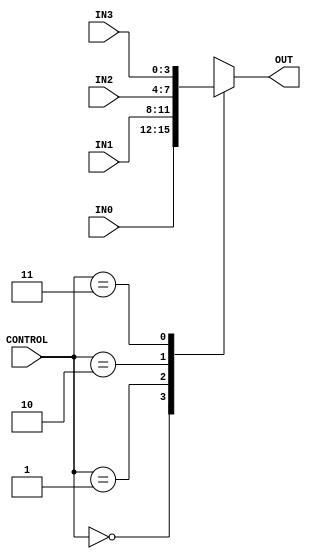
`timescale 1ns / 1ps
//////////////////////////////////////////////////////////////////////////////////
// Company: 
// Engineer: 
// 
// Design Name: 
// Module Name: Multiplexer_4way
// Project Name: 
// Target Devices: 
// Tool Versions: 
// Description: 
// 
// Dependencies: 
// 
// Revision:
// Revision 0.01 - File Created
// Additional Comments:
// 
//////////////////////////////////////////////////////////////////////////////////




module Multiplexer_4way(
    input [1:0] CONTROL,
    input [3:0] IN0,
    input [3:0] IN1,
    input [3:0] IN2,
    input [3:0] IN3,
    output reg [3:0] OUT
    );
    
    always@(CONTROL or IN0 or IN1 or IN2 or IN3) begin
        case(CONTROL)
            2'b00: OUT <= IN0;
            2'b01: OUT <= IN1;
            2'b10: OUT <= IN2;
            2'b11: OUT <= IN3;
            default: OUT <= 4'b0000;
        endcase
    end
endmodule